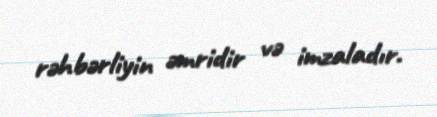
rəhbərliyin əmridir və imzaladır.